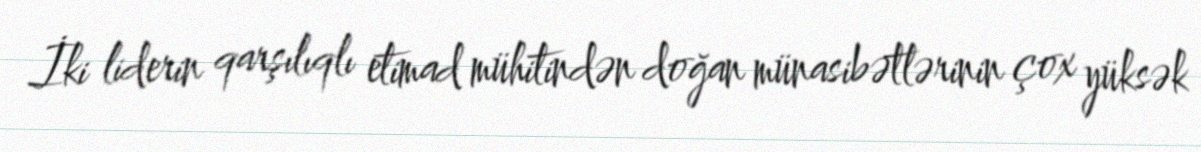
İki liderin qarşılıqlı etimad mühitindən doğan münasibətlərinin çox yüksək